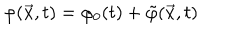
\varphi ( { \vec { x } } , t ) = \varphi _ { 0 } ( t ) + { \tilde { \varphi } } ( \vec { x } , t )